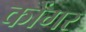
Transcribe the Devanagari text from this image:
कोंगर